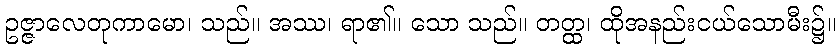
ဥဇ္ဇာလေတုကာမော၊ သည်။ အဿ၊ ရာ၏။ သော သည်။ တတ္ထ၊ ထိုအနည်းငယ်သောမီး၌။